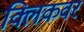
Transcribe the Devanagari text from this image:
क्लिकवर